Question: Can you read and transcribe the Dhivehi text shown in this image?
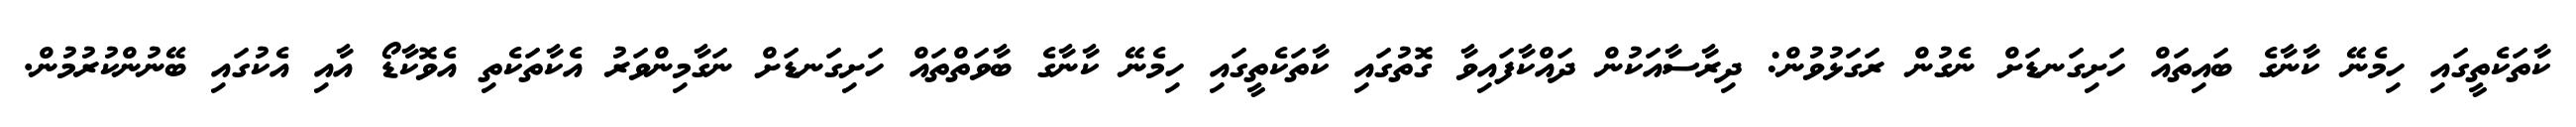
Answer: ކާތަކެތީގައި ހިމެނޭ ކާނާގެ ބައިތައް ހަށިގަނޑަށް ނެގުން ރަގަޅުވުން: ދިރާސާއަކުން ދައްކާފައިވާ ގޮތުގައި ކާތަކެތީގައި ހިމެނޭ ކާނާގެ ބާވަތްތައް ހަށިގަނޑަށް ނަގާމިންވަރު އެކާތަކެތި އެވޮކާޑޯ އާއި އެކުގައި ބޭނުންކުރުމުން.